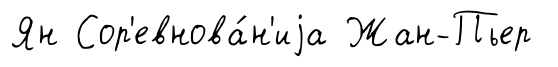
Ян Сор'евнова́н'иjа Жан-Пьер